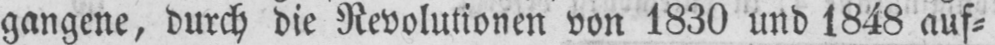
gangene, durch die Revolutionen von 1830 und 1848 auf⸗